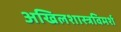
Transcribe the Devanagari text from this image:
अखिलशास्त्रविमर्श